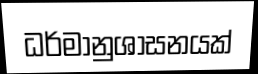
ධර්මානුශාසනයක්